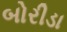
બોરીડા